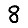
Digit: 8